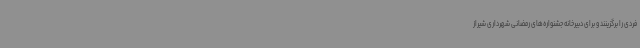
فردی را برگزینند و برای دبیرخانه جشنواره‌های رمضانی شهرداری شیراز